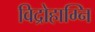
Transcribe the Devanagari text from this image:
विद्रोहाग्नि